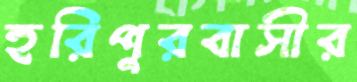
হরিপুরবাসীর